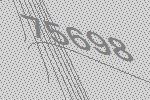
75698